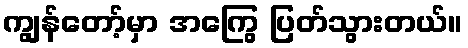
ကျွန်တော့်မှာ အကြွေ ပြတ်သွားတယ်။